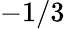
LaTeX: -1/3